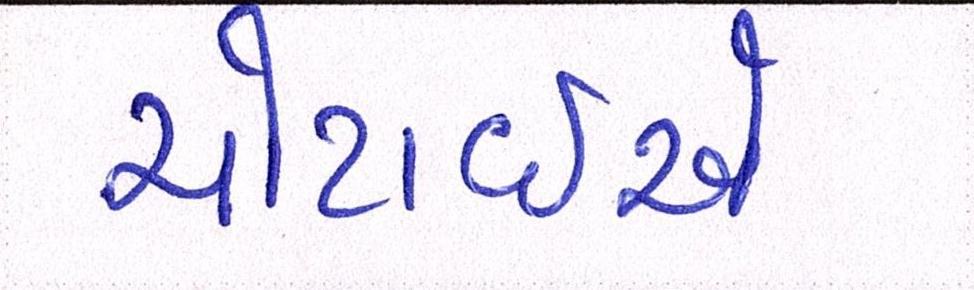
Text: ચોટાઇએ